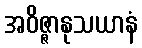
အဝိဇ္ဇာနုသယာနံ